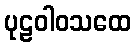
ပုဠဝါဝသထေ